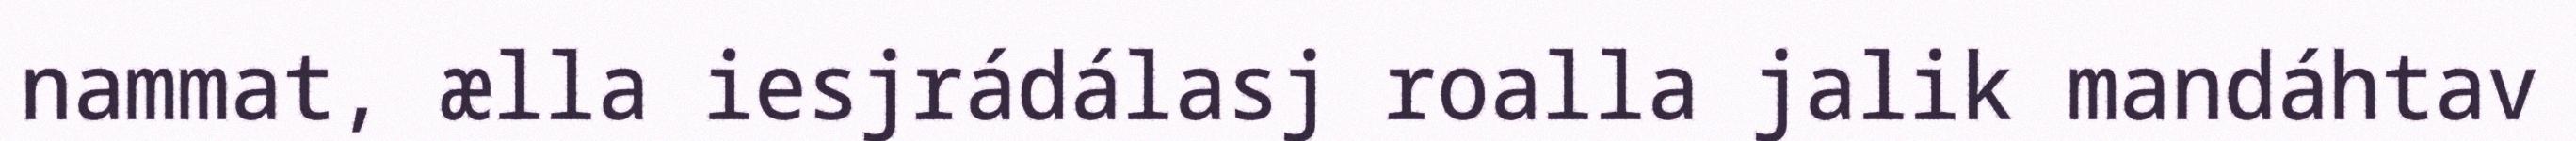
nammat, ælla iesjrádálasj roalla jalik mandáhtav